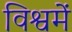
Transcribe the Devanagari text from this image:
विश्वमें